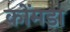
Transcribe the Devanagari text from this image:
कोंमडा